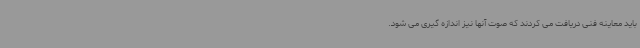
باید معاینه فنی دریافت می کردند که صوت آنها نیز اندازه گیری می شود.